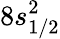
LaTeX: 8s_{1/2}^{2}